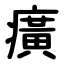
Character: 癀